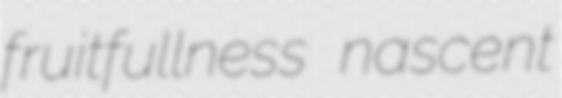
fruitfullness nascent